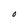
Character: O